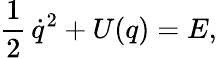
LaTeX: {\frac 12}\, {\dot{q}}^{2}+U(q)={E},